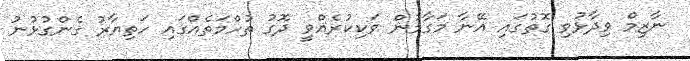
ނާޒިމް ވިދާޅުވި ގޮތުގައި އޭނާ މަގާމުން ވަކިކުރެއްވީ ދޮގު ތުހްމަތެއްގައި ހަތިޔާރު ގެންގުޅުނު